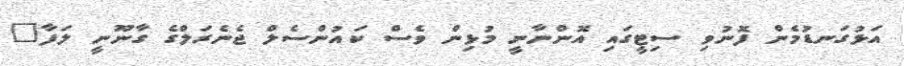
އަޅުގަނޑުމެން ފޮނުވި ސިޓީގައި އޮންނާނީ މުޅިން ވެސް ކައުންސެލް ޖެނެރަލްގެ ގާނޫނީ ލަފާ"